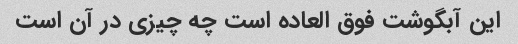
این آبگوشت فوق العاده است چه چیزی در آن است